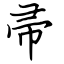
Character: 帚